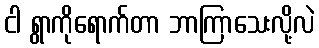
ငါ ရွာကိုရောက်တာ ဘာကြာသေးလို့လဲ